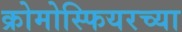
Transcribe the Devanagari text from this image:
क्रोमोस्फियरच्या